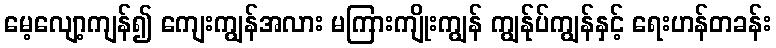
မေ့လျော့ကျန်၍ ကျေးကျွန်အလား မကြားကျိုးကျွန် ကျွန်ုပ်ကျွန်နှင့် ရေးဟန်တခန်း